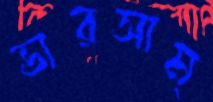
ভারসাম্